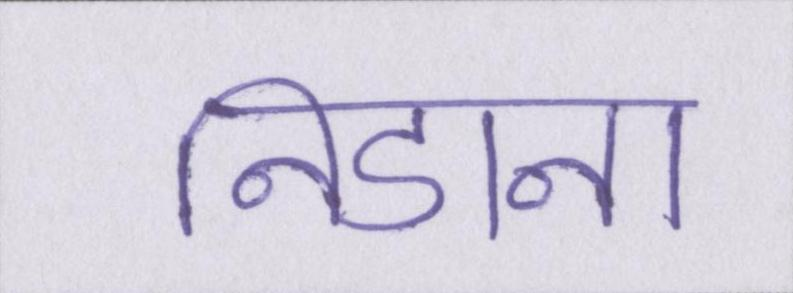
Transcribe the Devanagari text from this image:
निडाना